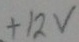
Text: +12v